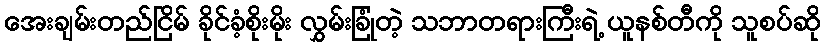
အေးချမ်းတည်ငြိမ် ခိုင်ခံ့စိုးမိုး လွှမ်းခြုံတဲ့ သဘာတရားကြီးရဲ့ ယူနစ်တီကို သူစပ်ဆို